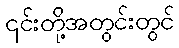
၎င်းတို့အတွင်းတွင်